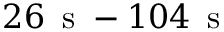
2 6 \, \mathrm { ~ s ~ } - 1 0 4 \, \mathrm { ~ s ~ }